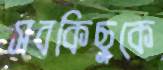
সবকিছুকে